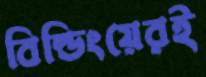
বিল্ডিংয়েরই